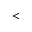
<